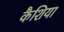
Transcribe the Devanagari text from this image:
कैशिया